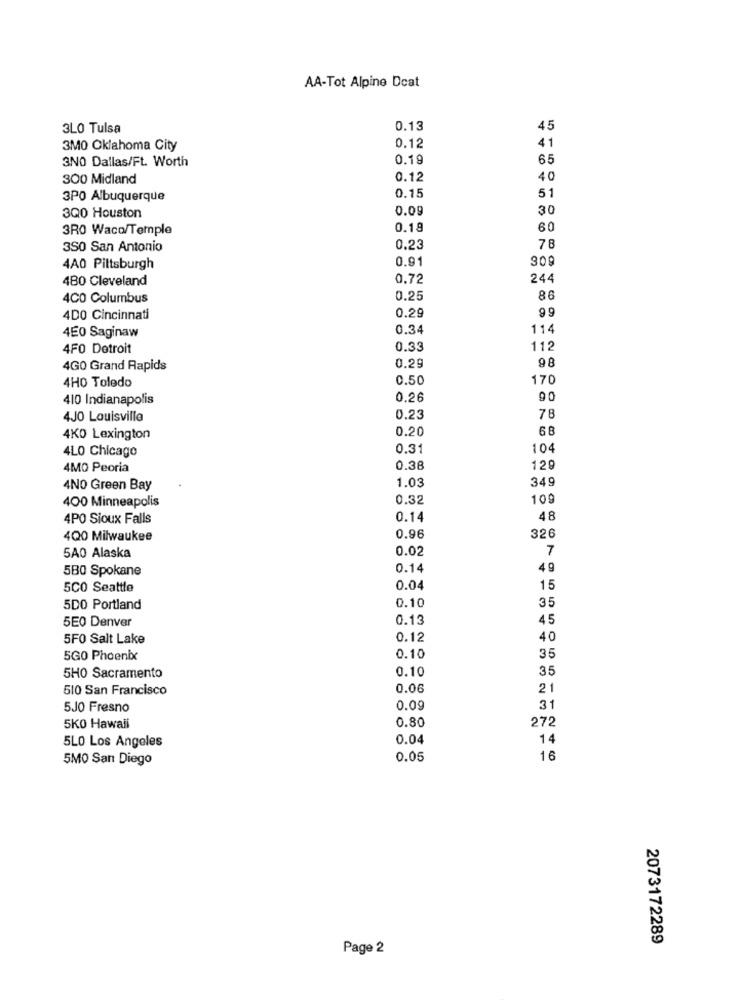
AA-Tot Alpine Deat
3LO Tulsa
0.13
45
41
3MO Oklahoma City
0.12
3.NO Dallas/Ft. Worth
0.19
65
300 Midland
0.12
40
3PO Albuquerque
0.15
51
3Q0 Houston
0.09
30
3RO Waco/Temple
0.18
60
350 San Antonio
0.23
78
0.91
309
4A0 Pittsburgh
480 Cleveland
0.72
244
4CO Columbus
0.25
86
99
4DO Cincinnati
0.29
0.34
114
4E0 Saginaw
4F0 Detroit
0.33
112
98
4G0 Grand Rapids
0.29
4HO Toledo
0.50
170
410 Indianapolis
0.26
90
4JO Louisville
0.23
78
0.20
68
4KO Lexington
4LO Chicago
0.31
104
4MO Peoria
0.38
129
1.03
349
4NO Green Bay
400 Minneapolis
0.32
109
4PO Sioux Falls
0.14
48
4Q0 Milwaukee
0.96
326
0.02
7
5A0 Alaska
580 Spokane
0.14
49
5CO Seattle
0.04
15
0.10
35
5DO Portland
5E0 Denver
0.13
45
5F0 Salt Lake
0.12
40
5GO Phoenix
0.10
35
0.10
35
5HO Sacramento
510 San Francisco
0.06
21
5JO Fresno
0.09
31
272
5KO Hawaii
0.80
0.04
14
5LO Los Angeles
5MO San Diego
0.05
16
2073172289
Page 2